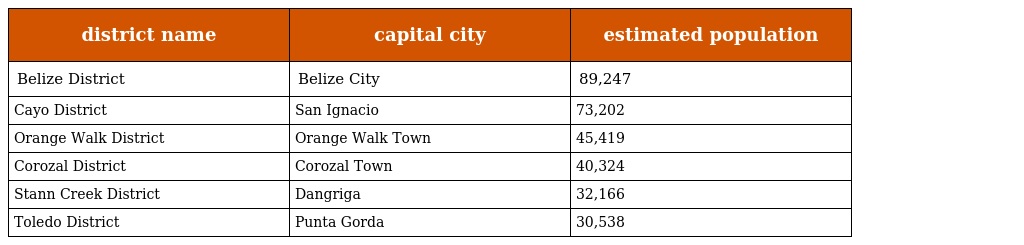
| district name | capital city | estimated population |
 | --- | --- | --- |
 | Belize District | Belize City | 89,247 |
 | Cayo District | San Ignacio | 73,202 |
 | Orange Walk District | Orange Walk Town | 45,419 |
 | Corozal District | Corozal Town | 40,324 |
 | Stann Creek District | Dangriga | 32,166 |
 | Toledo District | Punta Gorda | 30,538 |